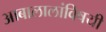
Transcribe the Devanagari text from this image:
आबालालांविषयी